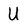
Character: U